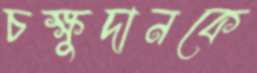
চক্ষুদানকে